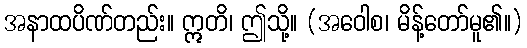
အနာထပိဏ်တည်း။ ဣတိ၊ ဤသို့။ (အဝေါစ၊ မိန့်တော်မူ၏။)